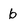
Character: b